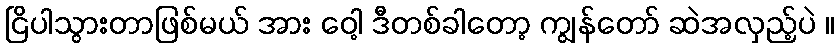
ငြိပါသွားတာဖြစ်မယ် အား ဝေါ့ ဒီတစ်ခါတော့ ကျွန်တော် ဆဲအလှည့်ပဲ ။